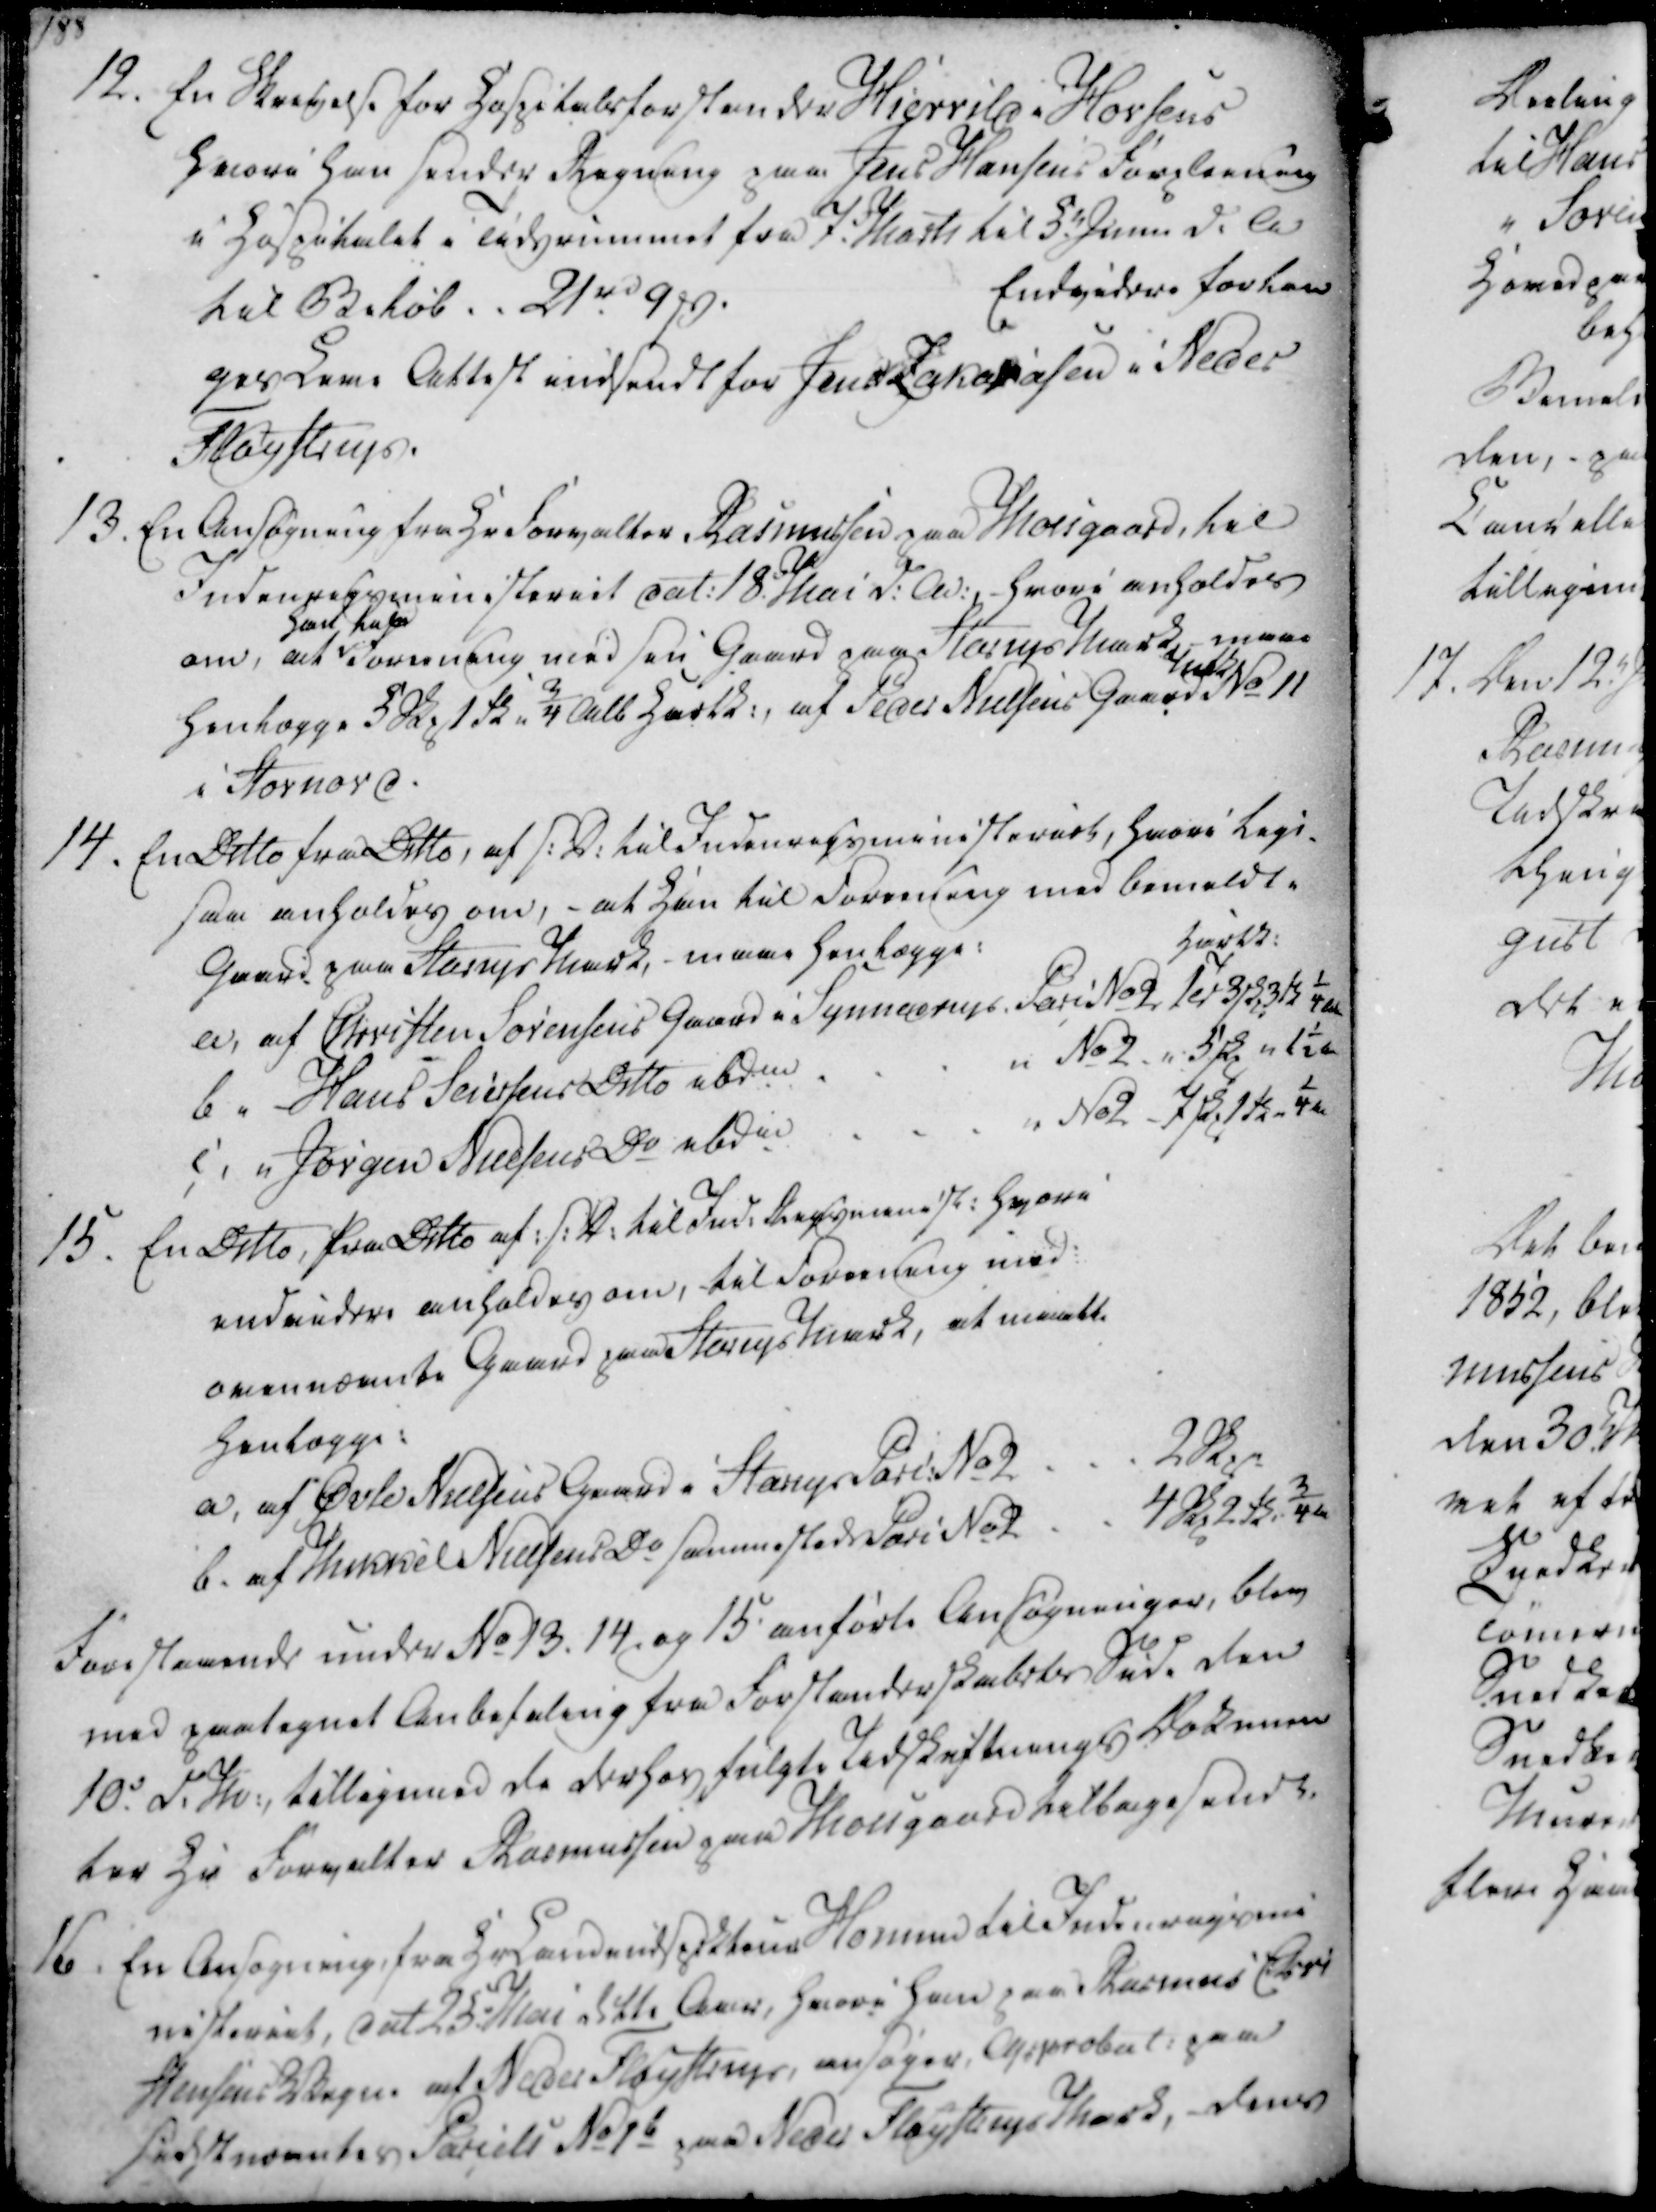
Transskription:
12. En Skrivelse for Hospitalsforstander Hierrild i Horsens

hvori han sender Regning paa Jens Hansens Forpleining

i Hospitalet i Tidsrummet fra 7. Marts til 5. Junii d.A

til Beløb . . 21 rd 9 ₻.

Endvidere forlan

ges Leve Attest indsendt for Jens Zakariasen i Neder

Fløystrup.

12. En Skrivelse for Hospitalsforstander Hierrild i Horsens
hvori han sender Regning paa Jens Hansens Forpleining
i Hospitalet i Tidsrummet fra 7. Marts til 5. Junii d.A
til Beløb . . 21 rd 9 ₻.
Endvidere forlan
ges Leve Attest indsendt for Jens Zakariasen i Neder
Fløystrup.

13. En Ansøgning fra Hr Forvalter Rasmussen paa Moesgaard, til

Indenrigsministeriet dat. 18. Mai d.A., hvori anholdes

om, at

hans tage

Forening med sin Gaard paa Starup Mark, maae

henlægge 5 Skp 1 Fk 3/4 Alb Hartk., af Peder Nielsens Gaard

Matk

No 11

i Stornord.

14. En Ditto fra Ditto, af s.D. til Indenrigsministeriet, hvori lige

saa anholdes om, - at Han til Forening med bemeldte

Gaard paa Starup Mark, - maae henlægge:

hartk.

a, af Christen Sørensens Gaard i Synnedrup Parc No 2 1 Td 3 skp 3 ₻ ¼

b " Hans Seiersens Ditto ibdm

No 2. " 5 skp " 1½

c, " Jørgen Nielsens Do ibdm

No 2 - 7 skp. 1 td " ¼

15. En Ditto, fra Ditto af s.D. til Ind. Rigsminist. hvori

endvidere anholdes om, til Forening med:

ovennævnte Gaard paa Starupsmark, at maatte

henlægge:

a, af Øvle Nielsens Gaard i Starup Parc. No 2

2 Skp

b. af Mikkel Nielsens Do sammesteds Parc No 2

4 Skp 2 sk 3/4

Forestaaende under No 13, 14, og 15 anførte Ansøgninger, blev

med paategnet Anbefaling fra Forstanderskabets Side den

10. d.M., tilligemed de derhos fulgte Udskiftnings Dokumen

ter Hr Forvalter Rasmussen paa Moesgaard tilbagesendt.

13. En Ansøgning fra Hr Forvalter Rasmussen paa Moesgaard, til
Indenrigsministeriet dat. 18. Mai d.A., hvori anholdes
om, at
hans tage
Forening med sin Gaard paa Starup Mark, maae
henlægge 5 Skp 1 Fk 3/4 Alb Hartk., af Peder Nielsens Gaard
Matk
No 11
i Stornord.
14. En Ditto fra Ditto, af s.D. til Indenrigsministeriet, hvori lige
saa anholdes om, - at Han til Forening med bemeldte
Gaard paa Starup Mark, - maae henlægge:
hartk.
a, af Christen Sørensens Gaard i Synnedrup Parc No 2 1 Td 3 skp 3 ₻ ¼
b " Hans Seiersens Ditto ibdm
No 2. " 5 skp " 1½
c, " Jørgen Nielsens Do ibdm
No 2 - 7 skp. 1 td " ¼
15. En Ditto, fra Ditto af s.D. til Ind. Rigsminist. hvori
endvidere anholdes om, til Forening med:
ovennævnte Gaard paa Starupsmark, at maatte
henlægge:
a, af Øvle Nielsens Gaard i Starup Parc. No 2
2 Skp
b. af Mikkel Nielsens Do sammesteds Parc No 2
4 Skp 2 sk 3/4
Forestaaende under No 13, 14, og 15 anførte Ansøgninger, blev
med paategnet Anbefaling fra Forstanderskabets Side den
10. d.M., tilligemed de derhos fulgte Udskiftnings Dokumen
ter Hr Forvalter Rasmussen paa Moesgaard tilbagesendt.

16. En Ansøgning, fra Hr Landindspekteur Homen til Indenrigsmi-

nisteriet, dat 25. Mai dette Aar, hvori han paa Rasmus Chri

stensens Vegne af Neder Fløystrup, ansøger Approbat. paa

sidstnævntes Parcels No 1b paa Neder Fløystrup Mark, dens

16. En Ansøgning, fra Hr Landindspekteur Homen til Indenrigsmi-
nisteriet, dat 25. Mai dette Aar, hvori han paa Rasmus Chri
stensens Vegne af Neder Fløystrup, ansøger Approbat. paa
sidstnævntes Parcels No 1b paa Neder Fløystrup Mark, dens